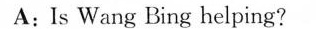
A:Is Wang Bing helping?